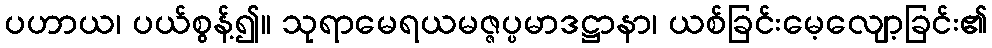
ပဟာယ၊ ပယ်စွန့်၍။ သုရာမေရယမဇ္ဇပ္ပမာဒဋ္ဌာနာ၊ ယစ်ခြင်းမေ့လျော့ခြင်း၏